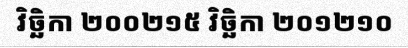
វិច្ឆិកា ២០០២១៥ វិច្ឆិកា ២០១២១០